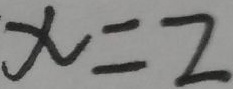
x = 2